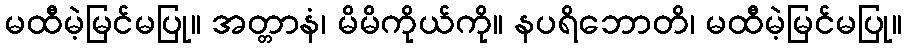
မထီမဲ့မြင်မပြု။ အတ္တာနံ၊ မိမိကိုယ်ကို။ နပရိဘောတိ၊ မထီမဲ့မြင်မပြု။